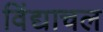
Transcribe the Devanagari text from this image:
विंद्याचल